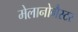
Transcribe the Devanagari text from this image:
मेलानोगैस्टर